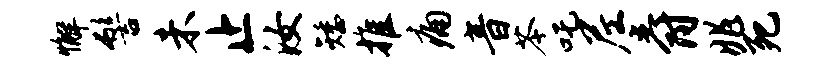
懈髻未止汝矮推痛音苓吒尼爵兆死